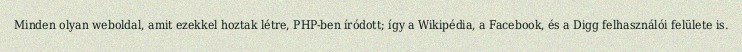
Minden olyan weboldal, amit ezekkel hoztak létre, PHP-ben íródott; így a Wikipédia, a Facebook, és a Digg felhasználói felülete is.